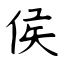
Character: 侯